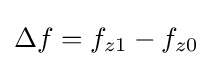
\Delta f=f_{z1}-f_{z0}